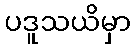
ပဒူသယိမှာ